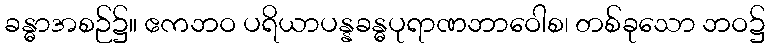
ခန္ဓာအစဉ်၌။ ဧကဘဝ ပရိယာပန္နခန္ဓပုရာဏဘာဝေါစ၊ တစ်ခုသော ဘဝ၌